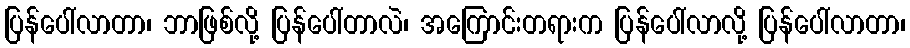
ပြန်ပေါ်လာတာ၊ ဘာဖြစ်လို့ ပြန်ပေါ်တာလဲ၊ အကြောင်းတရားက ပြန်ပေါ်လာလို့ ပြန်ပေါ်လာတာ၊